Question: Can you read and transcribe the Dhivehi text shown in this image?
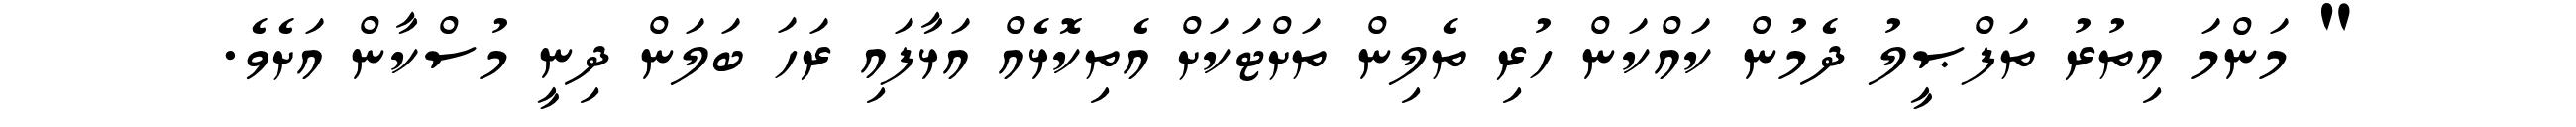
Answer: " މަންމަ އިތުރު ތަފްޞީލު ދެމުން ކައްކަން ހުރި ތެލިން ތަށްޓަކަށް އެތިކޮޅެއް އަޅާފައި ރަހަ ބަލަން ދިނީ މުސްކާން އަށެވެ.